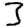
Digit: 3